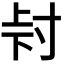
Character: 𭔮